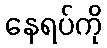
နေရပ်ကို